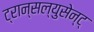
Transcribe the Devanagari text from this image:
ट्रान्सल्युसेन्ट्